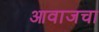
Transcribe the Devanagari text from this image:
आवाजचा